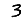
Digit: 3